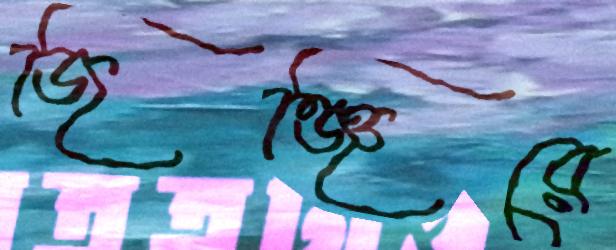
জিঞ্জিরে